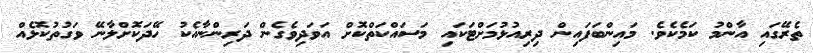
ތެރޭގައި އާންމު ކަމެކެވެ. މައިންބަފައިން ދިރިއުޅުމަށްޓަކައި މަސައްކަތްކޮށް އަވަދިވެގެން ދަރިންނާއެކު ހޭދަކޮށްލާނޭ ވަގުތުކޮޅެއް